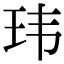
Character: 玮